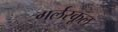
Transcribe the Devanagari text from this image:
गर्लस्कूल